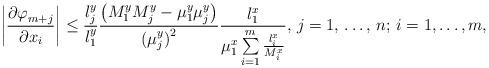
LaTeX: \begin{align*}\left| \frac{{\partial \varphi }_{m+j}}{{\partial x}_{i}} \right|\le \frac{l_{j}^{y}}{l_{1}^{y}}\frac{\left( M_{1}^{y}M_{j}^{y}-\mu_{1}^{y}\mu _{j}^{y} \right)}{{(\mu_{j}^{y})}^{2}}\frac{l_{1}^{x}}{\mu _{1}^{x}\sum\limits_{i=1}^m \frac{l_{i}^{x}}{M_{i}^{x}} },\thinspace j=1,\thinspace \mathellipsis ,\thinspace n;\thinspace i=1,\mathellipsis ,m,\end{align*}